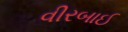
વીરબાઈ